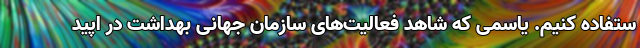
ستفاده کنیم. یاسمی که شاهد فعالیت‌های سازمان جهانی بهداشت در اپید